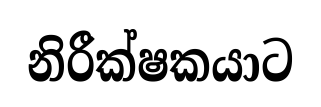
නිරීක්ෂකයාට